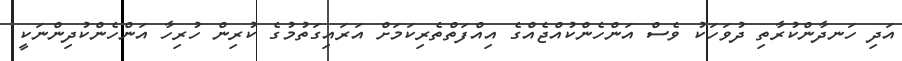
އަދި ހަނދާންކުރާތި ދުވަހަކު ވެސް އަންހެންކުއްޖެއްގެ އިއްފަތްތެރިކަމަށް އަރައިގަތުމުގެ ކުރިން ހުރިހާ އަންހެންކުދިންނަކީ